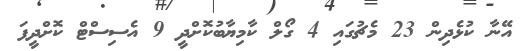
އޭނާ ކުޅެދިން 23 މެޗުގައި 4 ގޯލް ކާމިޔާބުކޮށްދީ 9 އެސިސްޓް ކޮށްދީފަ